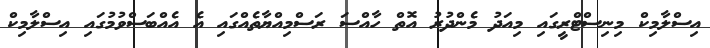
އިސްލާމިކް މިނިސްޓްރީގައި މިއަދު މެންދުރު އޮތް ހާއްސަ ރަސްމިއްޔާތެއްގައި އެ އެއްބަސްވުމުގައި އިސްލާމިކް